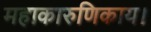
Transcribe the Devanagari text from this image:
महाकारुणिकाय।